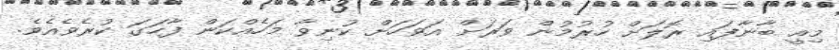
މިއީ ބާނާފައި ރޮލަށް ހުރުމުން ވަރަށް އަވަހަށް ކުނިވާ މަހެއްކަން ފާހަގަ ކުރެވެއެވެ.